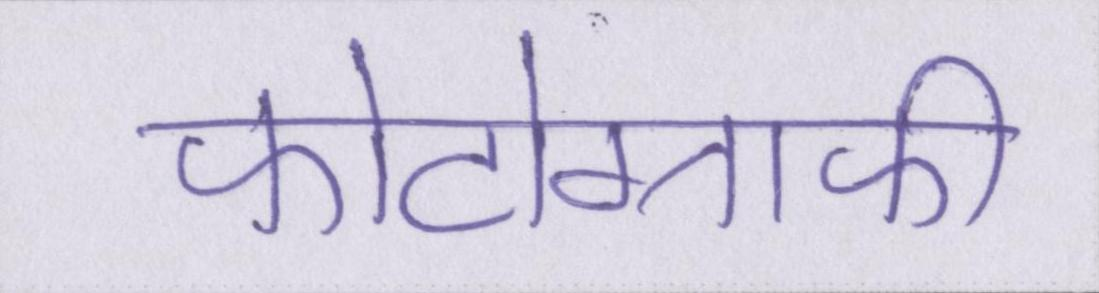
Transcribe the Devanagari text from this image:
फोटोग्राफी